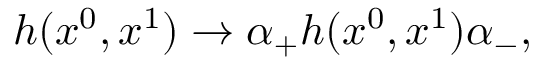
h ( x ^ { 0 } , x ^ { 1 } ) \rightarrow \alpha _ { + } h ( x ^ { 0 } , x ^ { 1 } ) \alpha _ { - } ,